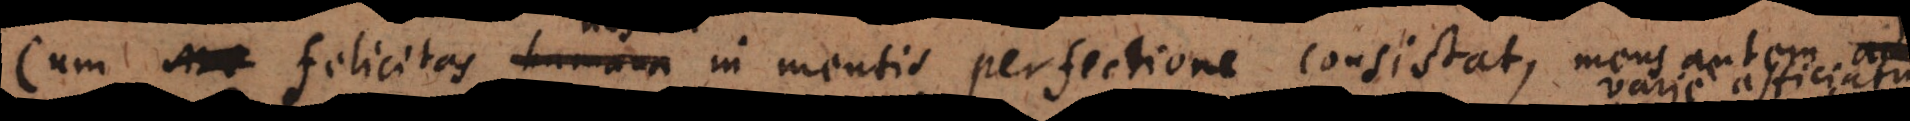
Cum felicitas humana in mentis perfectione consistat, mens a